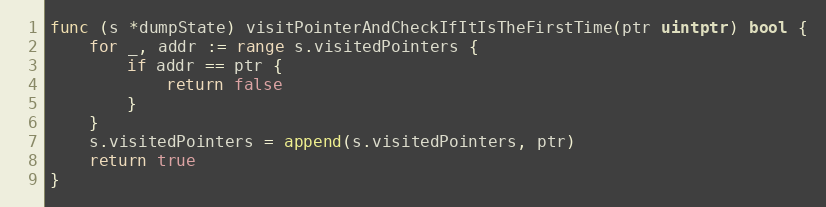
Language: Go
func (s *dumpState) visitPointerAndCheckIfItIsTheFirstTime(ptr uintptr) bool {
	for _, addr := range s.visitedPointers {
		if addr == ptr {
			return false
		}
	}
	s.visitedPointers = append(s.visitedPointers, ptr)
	return true
}